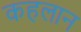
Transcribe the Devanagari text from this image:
कहलान